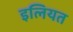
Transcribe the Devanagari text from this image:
इलियत